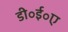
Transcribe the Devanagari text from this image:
डी॰ई॰ए